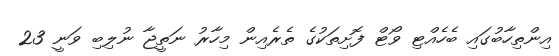
އިންތިހާބުގައި ބެހެއްޓި ވޯޓް ފޮށިތަކުގެ ތެރެއިން މިހާރު ނަތީޖާ ނުލިބި ވަނީ 23